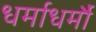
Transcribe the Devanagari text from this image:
धर्माधर्मौ